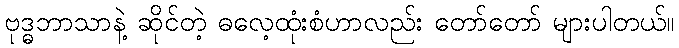
ဗုဒ္ဓဘာသာနဲ့ ဆိုင်တဲ့ ဓလေ့ထုံးစံဟာလည်း တော်တော် များပါတယ်။